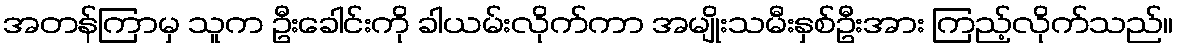
အတန်ကြာမှ သူက ဦးခေါင်းကို ခါယမ်းလိုက်ကာ အမျိုးသမီးနှစ်ဦးအား ကြည့်လိုက်သည်။